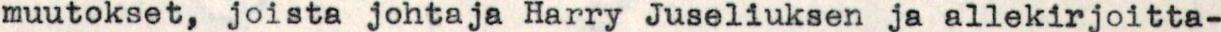
muutokset, joista johtaja Harry Juseliuksen ja allekirjoitta-